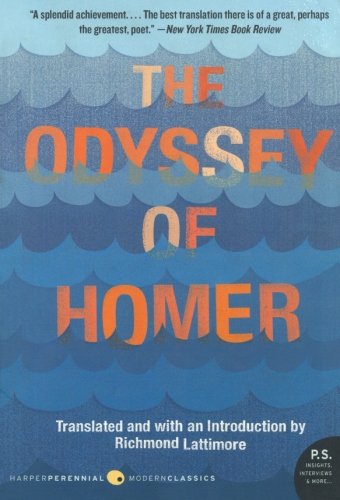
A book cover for The Odyssey of Homer; Homer; Science Fiction & Fantasy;